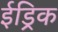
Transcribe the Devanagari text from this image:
ईड्रिक